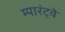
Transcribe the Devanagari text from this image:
म्पारंट्वे